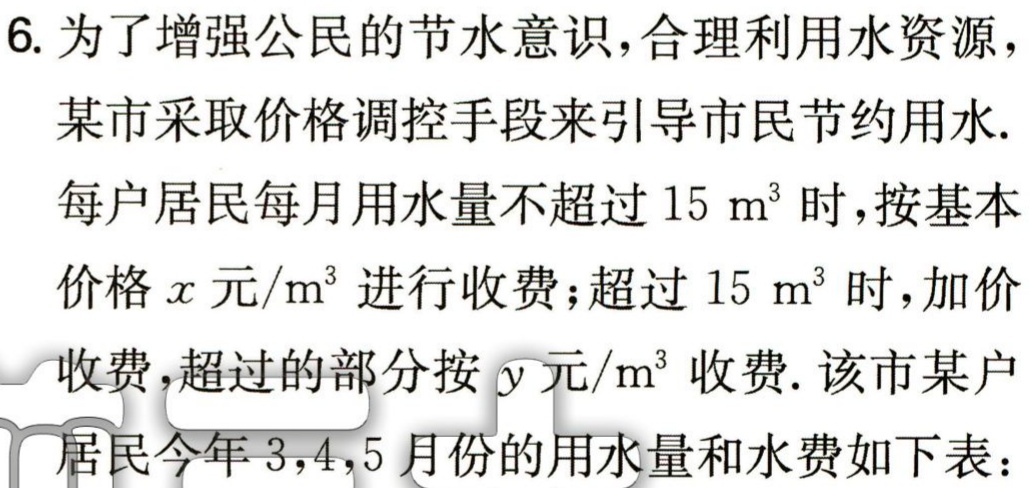
6. 为了增强公民的节水意识，合理利用水资源，
某市采取价格调控手段来引导市民节约用水.
每户居民每月用水量不超过 \(15\mathrm{ m}^3\) 时，按基本
价格 \(x\) 元\(/\mathrm{m}^3\) 进行收费；超过 \(15\mathrm{ m}^3\) 时，加价
收费，超过的部分按 \(y\) 元\(/\mathrm{m}^3\) 收费. 该市某户
居民今年 3,4,5 月份的用水量和水费如下表：